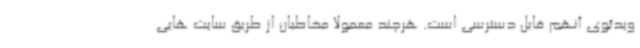
ویدئوی آنهم قابل دسترسی است. هرچند معمولا مخاطبان از طریق سایت هایی